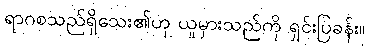
ရာဂစသည်ရှိသေး၏ဟု ယူမှားသည်ကို ရှင်းပြခန်း။